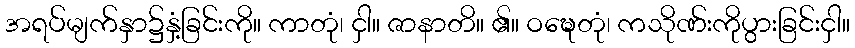
အရပ်မျက်နှာ၌နှံ့ခြင်းကို။ ကာတုံ၊ ငှါ။ ဇာနာတိ။ ၏။ ဝဍ္ဎေတုံ၊ ကသိုဏ်းကိုပွားခြင်းငှါ။